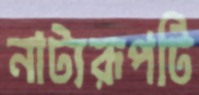
নাট্যরূপটি